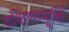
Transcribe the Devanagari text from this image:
दक्षिणामूर्त्ति